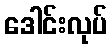
ဒေါင်းလုပ်